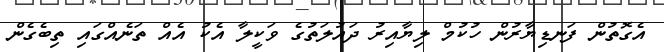
އެގޮތުން ފަނޑިޔާރުން ހުކުމް ލިޔާއިރު ދައުލަތުގެ ވަކީލާ އެކު އެއް ތަނެއްގައި ތިބެގެން